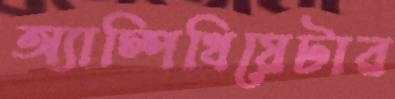
অ্যাম্পিথিয়েটার